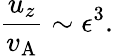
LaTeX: \frac{u_{z}}{v_{\mathrm{A}}}\sim\epsilon^{3}.